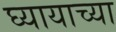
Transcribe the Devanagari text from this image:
घ्यायाच्या